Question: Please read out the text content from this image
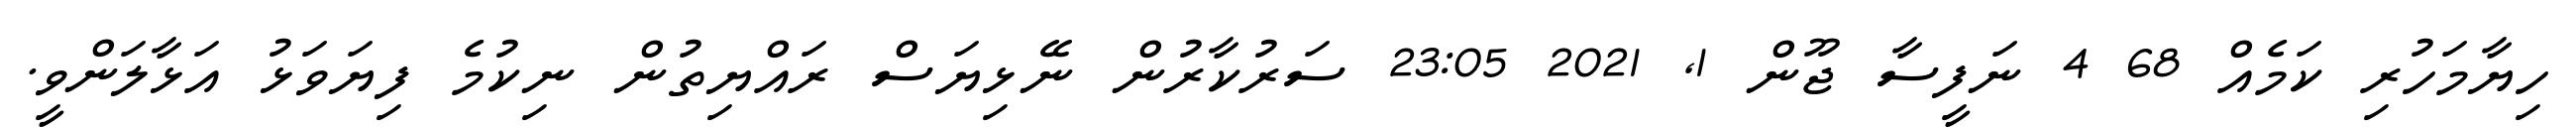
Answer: ހިޔާމަހުރި ކަމެއް 68 4 ނަފީސާ ޖޫން 1, 2021 23:05 ސަރުކާރުން ނޭޅިޔަސް ރައްޔިތުން ނިކުމެ ފިޔަވަޅު އަޅާލަންވީ.